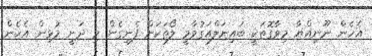
އެހެން ނޫނިއްޔާ މިވާގޮތަކީ ބައިނަލްއަގުވާމީ ލޯތަކަށް ފެނިގެން މި ދަނީ މުޅިން އެހެން